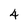
Character: 4